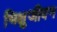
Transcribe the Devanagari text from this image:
भिक्षुजीवन